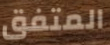
المتفق